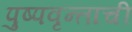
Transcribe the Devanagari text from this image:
पुष्पवृन्ताची